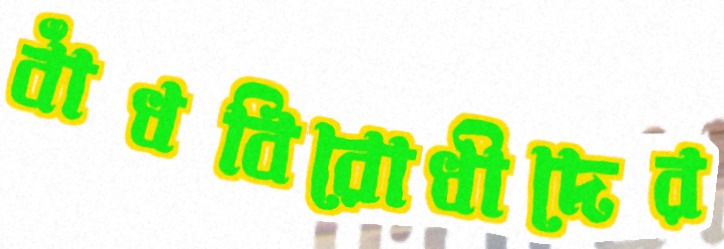
বাঁধবিরোধীদের